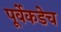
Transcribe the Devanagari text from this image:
पूर्वेकडेच